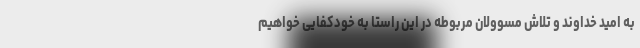
به امید خداوند و تلاش مسوولان مربوطه در این راستا به خودکفایی خواهیم